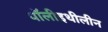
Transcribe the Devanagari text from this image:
पॉलीइथीलीन